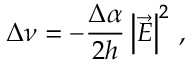
\Delta \nu = - \frac { \Delta \alpha } { 2 h } \left| \vec { E } \right| ^ { 2 } \, ,